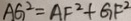
A G ^ { 2 } = A F ^ { 2 } + G F ^ { 2 }